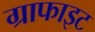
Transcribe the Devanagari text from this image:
ग्राफाइट